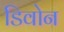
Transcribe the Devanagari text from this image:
डिवोन